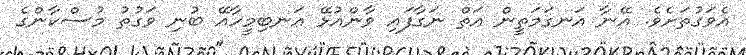
އެވަގުތަށެވެ. އޭނާ އަނގަމަތީން އަތް ނަގާފައި ވާންއުޅޭ އަނބިމީހާއޭ ބުނި ވަގުތު މުސްކާންގެ